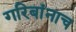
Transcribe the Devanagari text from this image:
गरिबांनाच